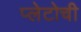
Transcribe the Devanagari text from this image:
प्लेटोची